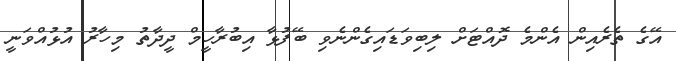
އޭގެ ތެރެއިން އެންމެ ދޮއްޓަށް ލިބިވަޑައިގެންނެވި ބޭފުޅާ އިބުރާހީމް ދީދާތު މިހާރު އުޅުއްވަނީ